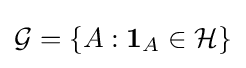
{\mathcal {G}}=\left\{A:\mathbf {1} _{A}\in {\mathcal {H}}\right\}